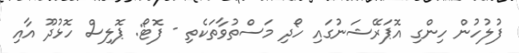
ފުލުހުން ހިންގި އޮޕަރޭޝަނުގައި ހޯދި މަސްތުވާތަކެތި - ފޮޓޯ: ޕޮލިސް ހޮޅުދޫ އާއި